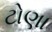
ટોણા